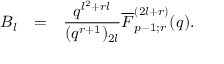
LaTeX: \begin{array} { r c l } { { B _ { l } } } & { { = } } & { { \displaystyle \frac { q ^ { l ^ { 2 } + r l } } { ( q ^ { r + 1 } ) _ { 2 l } } \overline { { { F } } } _ { p - 1 ; r } ^ { ( 2 l + r ) } ( q ) . } } \end{array}